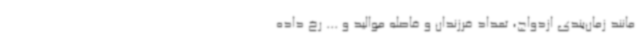
مانند زمان‌بندی ازدواج، تعداد فرزندان و فاصله موالید و ... رخ داده